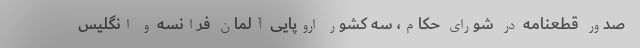
صدور قطعنامه در شورای حکام، سه کشور اروپایی آلمان فرانسه و انگلیس